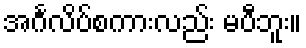
အင်္ဂလိပ်စကားလည်း မပီဘူး။